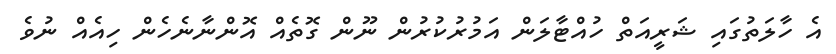
އެ ހާލަތުގައި ޝަރީއަތް ހުއްޓާލަން އަމުރުކުރުން ނޫން ގޮތެއް އޮންނާނެހެން ހިއެއް ނުވެ